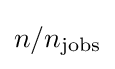
n/n_{\text{jobs}}